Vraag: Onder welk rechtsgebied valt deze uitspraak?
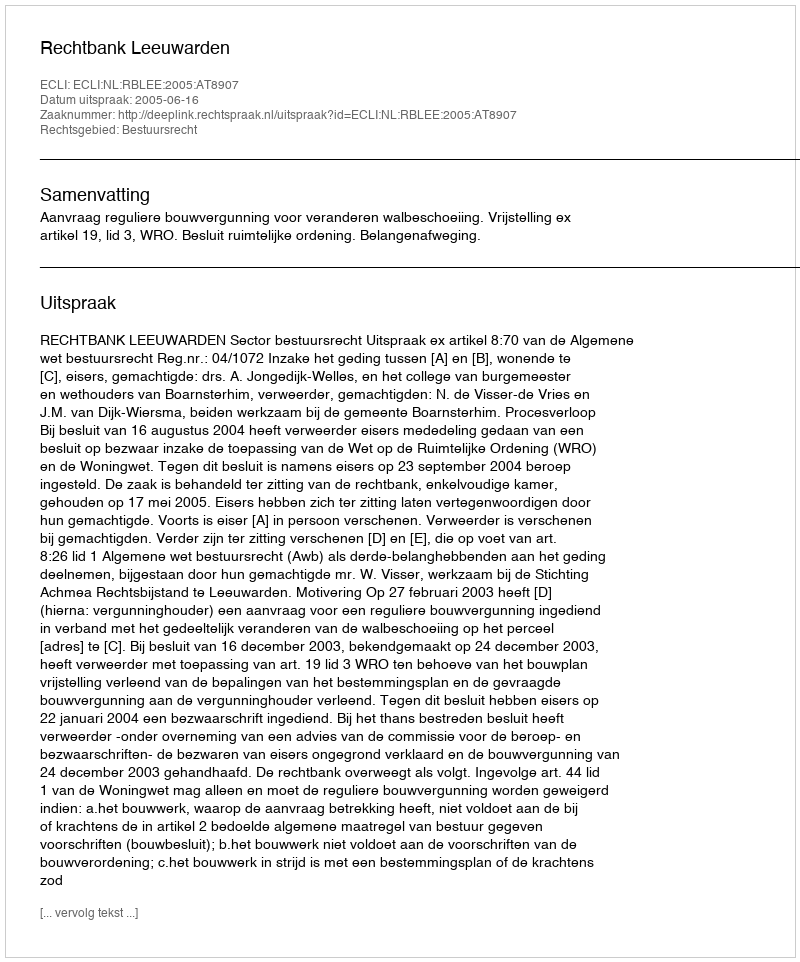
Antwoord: Bestuursrecht